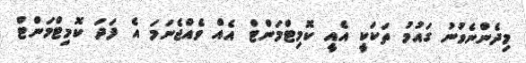
މިދެންނެވުނު ގައުމު ތަކަކީ އެއީ ކޮމިޓްމަންޓް އެއް ވެއްޖެނަމަ އެ ފަދަ ކޮމިޓްމަންޓް